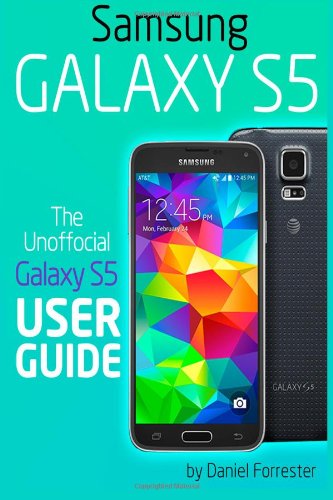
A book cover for Samsung Galaxy S5: The Unofficial Galaxy S5 User Guide; Daniel Forrester; Computers & Technology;